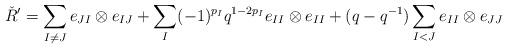
LaTeX: \begin{align*}\check{R}^{\prime}=\sum_{I\neq J}e_{JI}\otimes e_{IJ}+\sum_{I}(-1)^{p_{I}}q^{1-2p_{I}}e_{II}\otimes e_{II}+(q-q^{-1})\sum_{I<J}e_{II}\otimes e_{JJ}\end{align*}